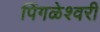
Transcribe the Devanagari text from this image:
पिंगळेश्वरी